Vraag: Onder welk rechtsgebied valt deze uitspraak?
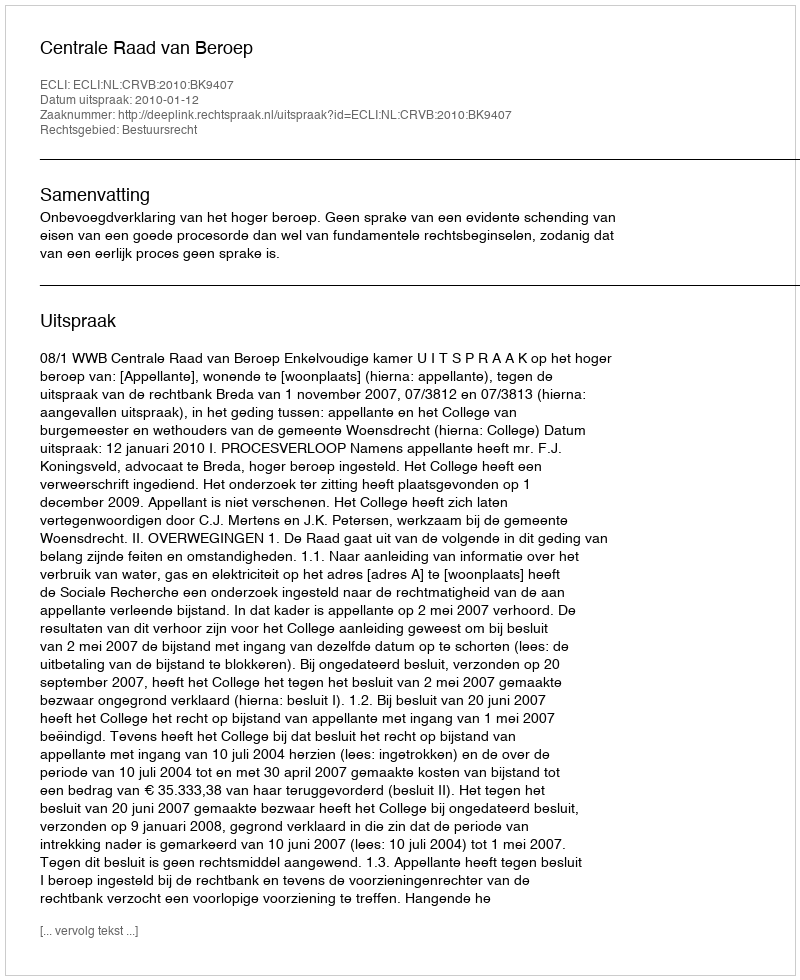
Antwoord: Bestuursrecht